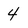
Character: 4